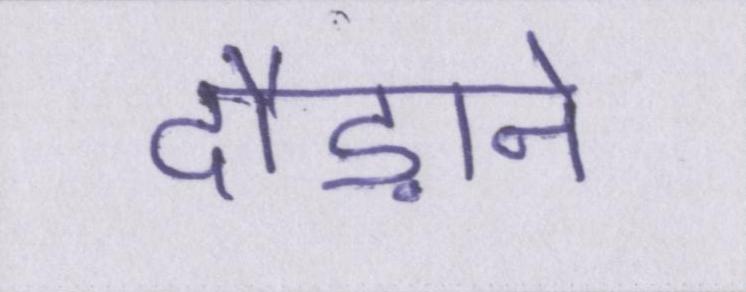
दौड़ाने